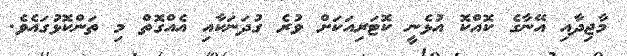
މާޖިދާއި އޭނާގެ ކޮއްކޮ އުޅެނީ ކޮޓަރިއަކަށް ވުރެ ގުދަނަކާއި އެއްގޮތް މި ތަންކޮޅުގައެވެ.